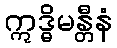
ဣဒ္ဓိမန္တီနံ